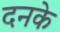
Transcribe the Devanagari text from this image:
दनके